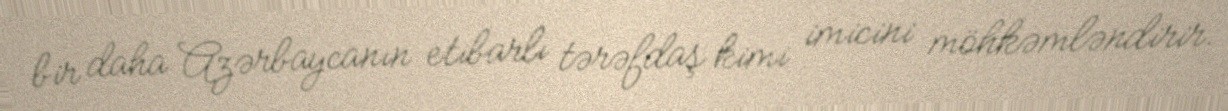
bir daha Azərbaycanın etibarlı tərəfdaş kimi imicini möhkəmləndirir.